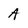
Character: A